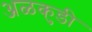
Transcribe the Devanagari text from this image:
अळकुडी